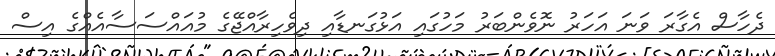
ދެހާސް އެގާރަ ވަނަ އަހަރު ނޮވެންބަރު މަހުގައި އަޅުގަނޑާއި ދިވެހިރާއްޖޭގެ މުއައްސަސާއެއްގެ އިސް